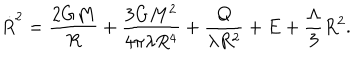
LaTeX: { \dot { R } } ^ { 2 } = \frac { 2 G M } { R } + \frac { 3 G M ^ { 2 } } { 4 \pi \lambda R ^ { 4 } } + \frac { Q } { \lambda R ^ { 2 } } + E + \frac { \Lambda } { 3 } R ^ { 2 } .